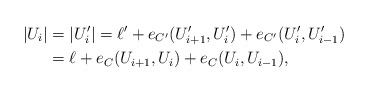
\begin{align*}|U_i|&=|U_i'|=\ell'+e_{C'}(U_{i+1}', U_i')+e_{C'}(U_i', U_{i-1}')\\&=\ell+e_C(U_{i+1}, U_i)+e_C(U_i, U_{i-1}),\end{align*}